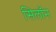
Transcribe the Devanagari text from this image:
सिलॉन